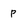
Character: p